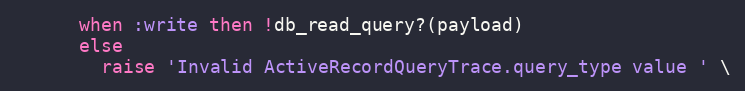
Language: Ruby
      when :write then !db_read_query?(payload)
      else
        raise 'Invalid ActiveRecordQueryTrace.query_type value ' \